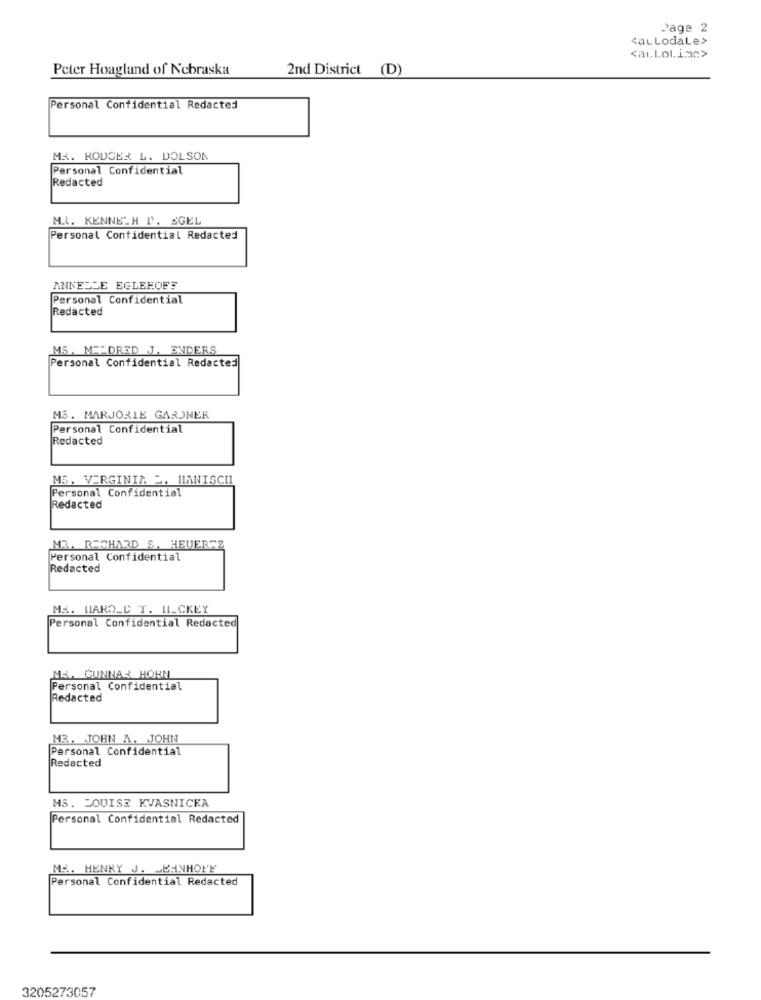
Page 2
<aL LodaLe>
<aulol.imc>
Peter Hoagland of Nebraska
2nd District (D)
Personal Confidential Redacted
MR. RODGER L. DOLSON
Personal Confidential
Redacted
M .. KENNETH P. SGEL
Personal Confidential Redacted
ANKEDLE EGLEFOES
Personal Confidential
Redacted
MS. ME-DRED J. ENDERS
Personal Confidential Redacted
MS. MARJORIE GARDNER
Personal Confidential
Redacted
MS. VERGINIA 2. HANISCH
Personal Confidential
Redacted
MR. RICHARD SA HEUERAZ
Personal Confidential
Redacted
MR. WARO_D T. IL_CKEY
Personal Confidential Redacted
M&. GUNNAR HORN
Personal Confidential
Redacted
MR. JOHN A. JOHN
Personal Confidential
Redacted
MS. LOUISE KVASNICKA
Personal Confidential Redacted
MR. HENRY J. JEANHOPE
Personal Confidential Redacted
3205273057